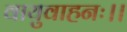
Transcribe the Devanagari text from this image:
वायुवाहनः।।